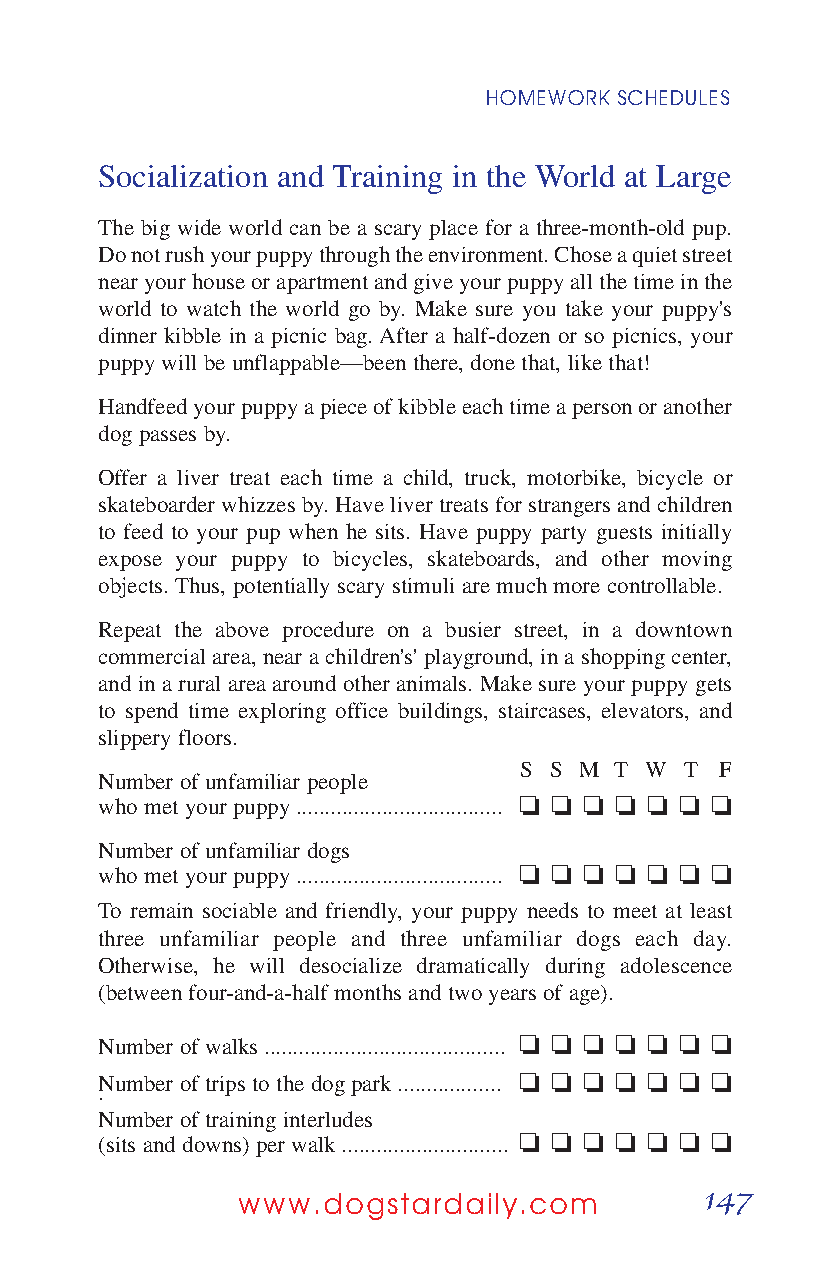
HOMEWORK SCHEDULES
 Socialization and Training in the World at Large
 The big wide world can be a scary place for a three-month-old pup.
 Do not rush your puppy through the environment. Chose a quiet street
 near your house or apartment and give your puppy all the time in the
 world to watch the world go by. Make sure you take your puppy's
 dinner kibble in a picnic bag. After a half-dozen or so picnics, your
 puppy will be unflappable—been there, done that, like that!
 Handfeed your puppy a piece of kibble each time a person or another
 dog passes by.
 Offer a liver treat each time a child, truck, motorbike, bicycle or
 skateboarder whizzes by. Have liver treats for strangers and children
 to feed to your pup when he sits. Have puppy party guests initially
 expose your puppy to bicycles, skateboards, and other moving
 objects. Thus, potentially scary stimuli are much more controllable.
 Repeat the above procedure on a busier street, in a downtown
 commercial area, near a children's' playground, in a shopping center,
 and in a rural area around other animals. Make sure your puppy gets
 to spend time exploring office buildings, staircases, elevators, and
 slippery floors.
 S S M  T W T  F
 Number of unfamiliar people
 who met your puppy .................................... o o o o o o o
 Number of unfamiliar dogs
 who met your puppy .................................... o o o o o o o
 To remain sociable and friendly, your puppy needs to meet at least
 three unfamiliar people and three unfamiliar dogs each day.
 Otherwise, he will desocialize dramatically during adolescence
 (between four-and-a-half months and two years of age).
 Number of walks .......................................... o o o o o o o
 Number of trips to the dog park .................. o o o o o o o
 .
 Number of training interludes
 (sits and downs) per walk ............................. o o o o o o o
 147
 www.dogstardaily.com